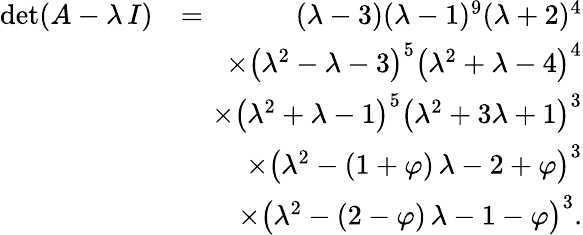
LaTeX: \begin{array}{rlr}{\operatorname*{det}(A-\lambda\, I)}&{=}&{\ (\lambda-3)(\lambda-1)^{9}(\lambda+2)^{4}}\\ &{}&{\! \! \! \! \times\left(\lambda^{2}-\lambda-3\right)^{5}\left(\lambda^{2}+\lambda-4\right)^{4}}\\ &{}&{\! \! \! \! \times\left(\lambda^{2}+\lambda-1\right)^{5}\left(\lambda^{2}+3\lambda+1\right)^{3}}\\ &{}&{\! \! \! \! \times\left(\lambda^{2}-(1+\varphi)\, \lambda-2+\varphi\right)^{3}}\\ &{}&{\! \! \! \! \times\left(\lambda^{2}-(2-\varphi)\, \lambda-1-\varphi\right)^{3}.}\end{array}